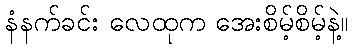
နံနက်ခင်း လေထုက အေးစိမ့်စိမ့်နဲ့။